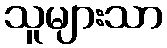
သူများသာ